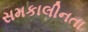
સમકાલીનતા